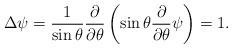
LaTeX: \begin{align*}\Delta \psi=\frac{1}{\sin{ \theta}}\frac{\partial}{\partial \theta}\left( \sin{\theta}\frac{\partial }{\partial \theta}\psi \right)=1.\end{align*}